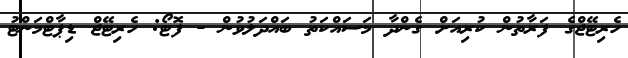
ހެރިޓޭޖްގެ ފަރާތުން ކުރިއަށް ގެންދާ މަސައްކަތު ބައްދަލުވުން - ފޮޓޯ: ހެރިޓޭޖް ޑިޕާޓްމަންޓު